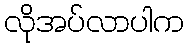
လိုအပ်လာပါက